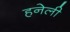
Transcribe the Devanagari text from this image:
हनेली